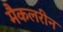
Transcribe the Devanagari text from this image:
मैकलरीन